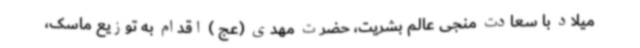
میلاد با سعادت منجی عالم بشریت، حضرت مهدی (عج ) اقدام به توزیع ماسک،